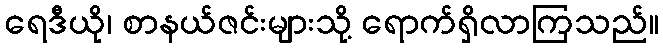
ရေဒီယို၊ စာနယ်ဇင်းများသို့ ရောက်ရှိလာကြသည်။